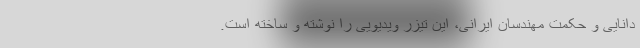
دانایی و حکمت مهندسان ایرانی، این تیزر ویدیویی را نوشته و ساخته است.